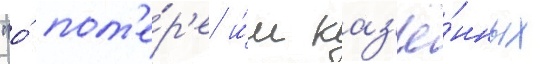
"о́ пот'е́р'е и́м каз'ё́нных